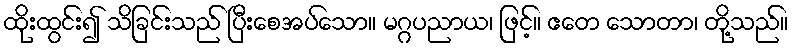
ထိုးထွင်း၍ သိခြင်းသည် ပြီးစေအပ်သော။ မဂ္ဂပညာယ၊ ဖြင့်။ ဧတေ သောတာ၊ တို့သည်။